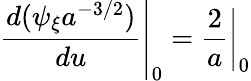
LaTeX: \left.\frac{d(\psi_{\xi}a^{-3/2})}{du}\right|_{0}=\left.\frac{2}{a}\right|_{0}